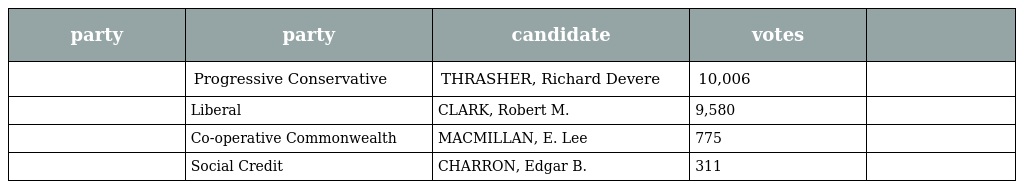
| party | party | candidate | votes |  |
 | --- | --- | --- | --- | --- |
 |  | Progressive Conservative | THRASHER, Richard Devere | 10,006 |  |
 |  | Liberal | CLARK, Robert M. | 9,580 |  |
 |  | Co-operative Commonwealth | MACMILLAN, E. Lee | 775 |  |
 |  | Social Credit | CHARRON, Edgar B. | 311 |  |